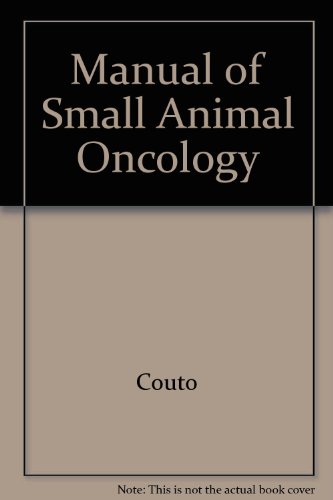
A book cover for Manual of Small Animal Oncology; Couto; Medical Books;